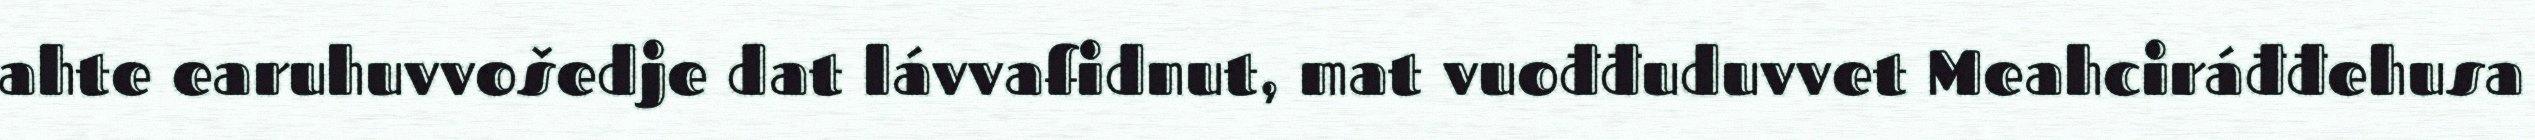
ahte earuhuvvošedje dat lávvafidnut, mat vuođđuduvvet Meahciráđđehusa